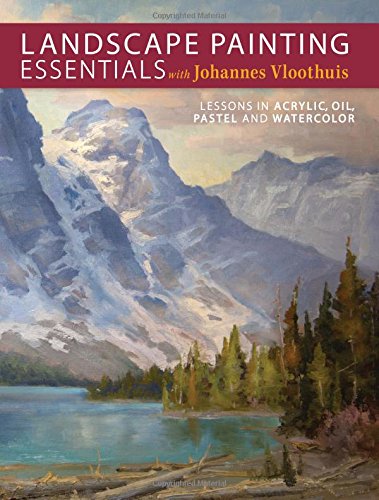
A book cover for Landscape Painting Essentials with Johannes Vloothuis: Lessons in Acrylic, Oil, Pastel and Watercolor; Johannes Vloothuis; Arts & Photography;